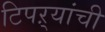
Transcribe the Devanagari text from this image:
टिपऱ्यांची